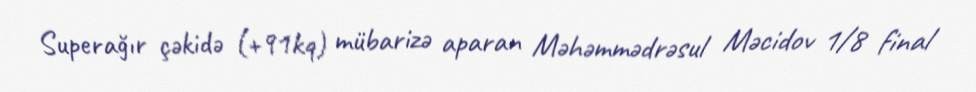
Superağır çəkidə (+91kq) mübarizə aparan Məhəmmədrəsul Məcidov 1/8 final